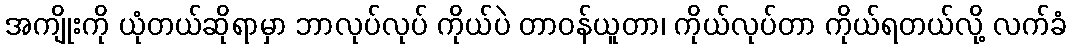
အကျိုးကို ယုံတယ်ဆိုရာမှာ ဘာလုပ်လုပ် ကိုယ်ပဲ တာဝန်ယူတာ၊ ကိုယ်လုပ်တာ ကိုယ်ရတယ်လို့ လက်ခံ